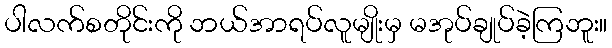
ပါလက်စတိုင်းကို ဘယ်အာရပ်လူမျိုးမှ မအုပ်ချုပ်ခဲ့ကြဘူး။